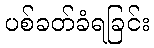
ပစ်ခတ်ခံရခြင်း